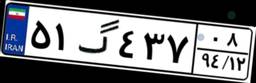
۵۵گ۷۰۱۲۹